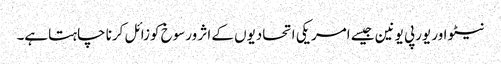
نیٹو اور یورپی یونین جیسے امریکی اتحادیوں کے اثر ورسوخ کوزائل کرنا چاہتاہے۔